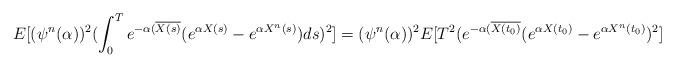
LaTeX: \begin{align*}E[(\psi^n(\alpha))^2 (\int_0^T e^{-\alpha(\overline{X(s)}} (e^{\alpha X(s)} - e^{\alpha X^n(s)})ds)^2]=(\psi^n(\alpha))^2 E[T^2 (e^{-\alpha(\overline{X(t_0)}} (e^{\alpha X(t_0)} - e^{\alpha X^n(t_0)})^2]\end{align*}